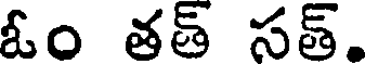
ఓం తత్ సత్.